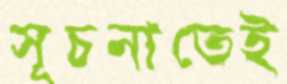
সূচনাতেই